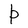
Character: P